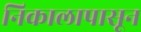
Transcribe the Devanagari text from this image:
निकालापासून